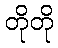
တိုတို